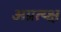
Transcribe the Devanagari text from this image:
अप्रत्य्क्ष